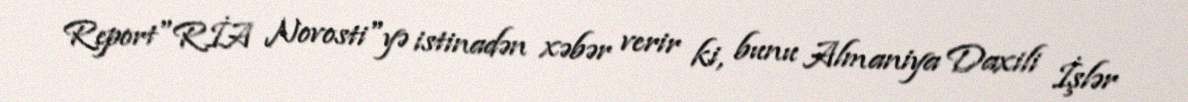
Report"RİA Novosti"yə istinadən xəbər verir ki, bunu Almaniya Daxili İşlər